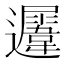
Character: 𨙈